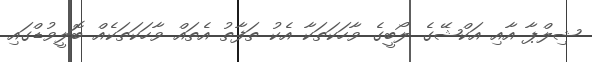
ޝިލްޕާ އާއި އަކްޝޭގެ ލޯބީގެ ވާހަކަތަކާ އެކު ތަފާތު އެތައް ވާހަކަތަކެއް ބޮލީވުޑްގައި